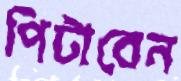
পিটাবেন